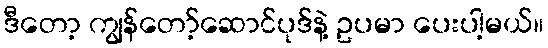
ဒီတော့ ကျွန်တော့်ဆောင်ပုဒ်နဲ့ ဥပမာ ပေးပါ့မယ်။